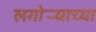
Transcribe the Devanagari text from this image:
लगोर्‍याच्या